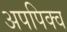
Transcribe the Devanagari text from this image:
अपपिक्व